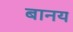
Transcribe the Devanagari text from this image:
बानय